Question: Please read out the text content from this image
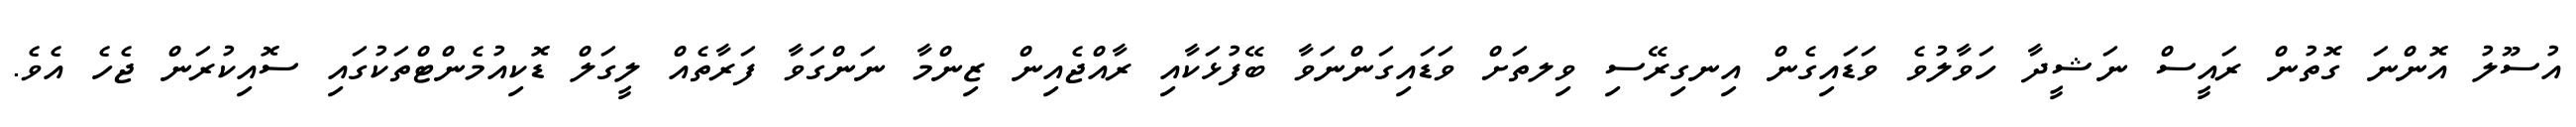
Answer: އުސޫލު އޮންނަ ގޮތުން ރައީސް ނަޝީދާ ހަވާލުވެ ވަޑައިގެން އިނގިރޭސި ވިލތަށް ވަޑައިގަންނަވާ ބޭފުޅަކާއި ރާއްޖެއިން ޒިންމާ ނަންގަވާ ފަރާތެއް ލީގަލް ޑޮކިއުމެންޓްތަކުގައި ސޮއިކުރަން ޖެހެ އެވެ.